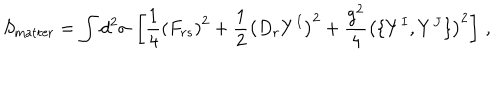
LaTeX: S _ { \mathrm { m a t t e r } } = \int d ^ { 2 } \sigma \, \left[ \frac { 1 } { 4 } \left( F _ { r s } \right) ^ { 2 } + \frac { 1 } { 2 } \left( D _ { r } Y ^ { I } \right) ^ { 2 } + \frac { g ^ { 2 } } { 4 } \left( \{ Y ^ { I } , Y ^ { J } \} \right) ^ { 2 } \right] \, ,